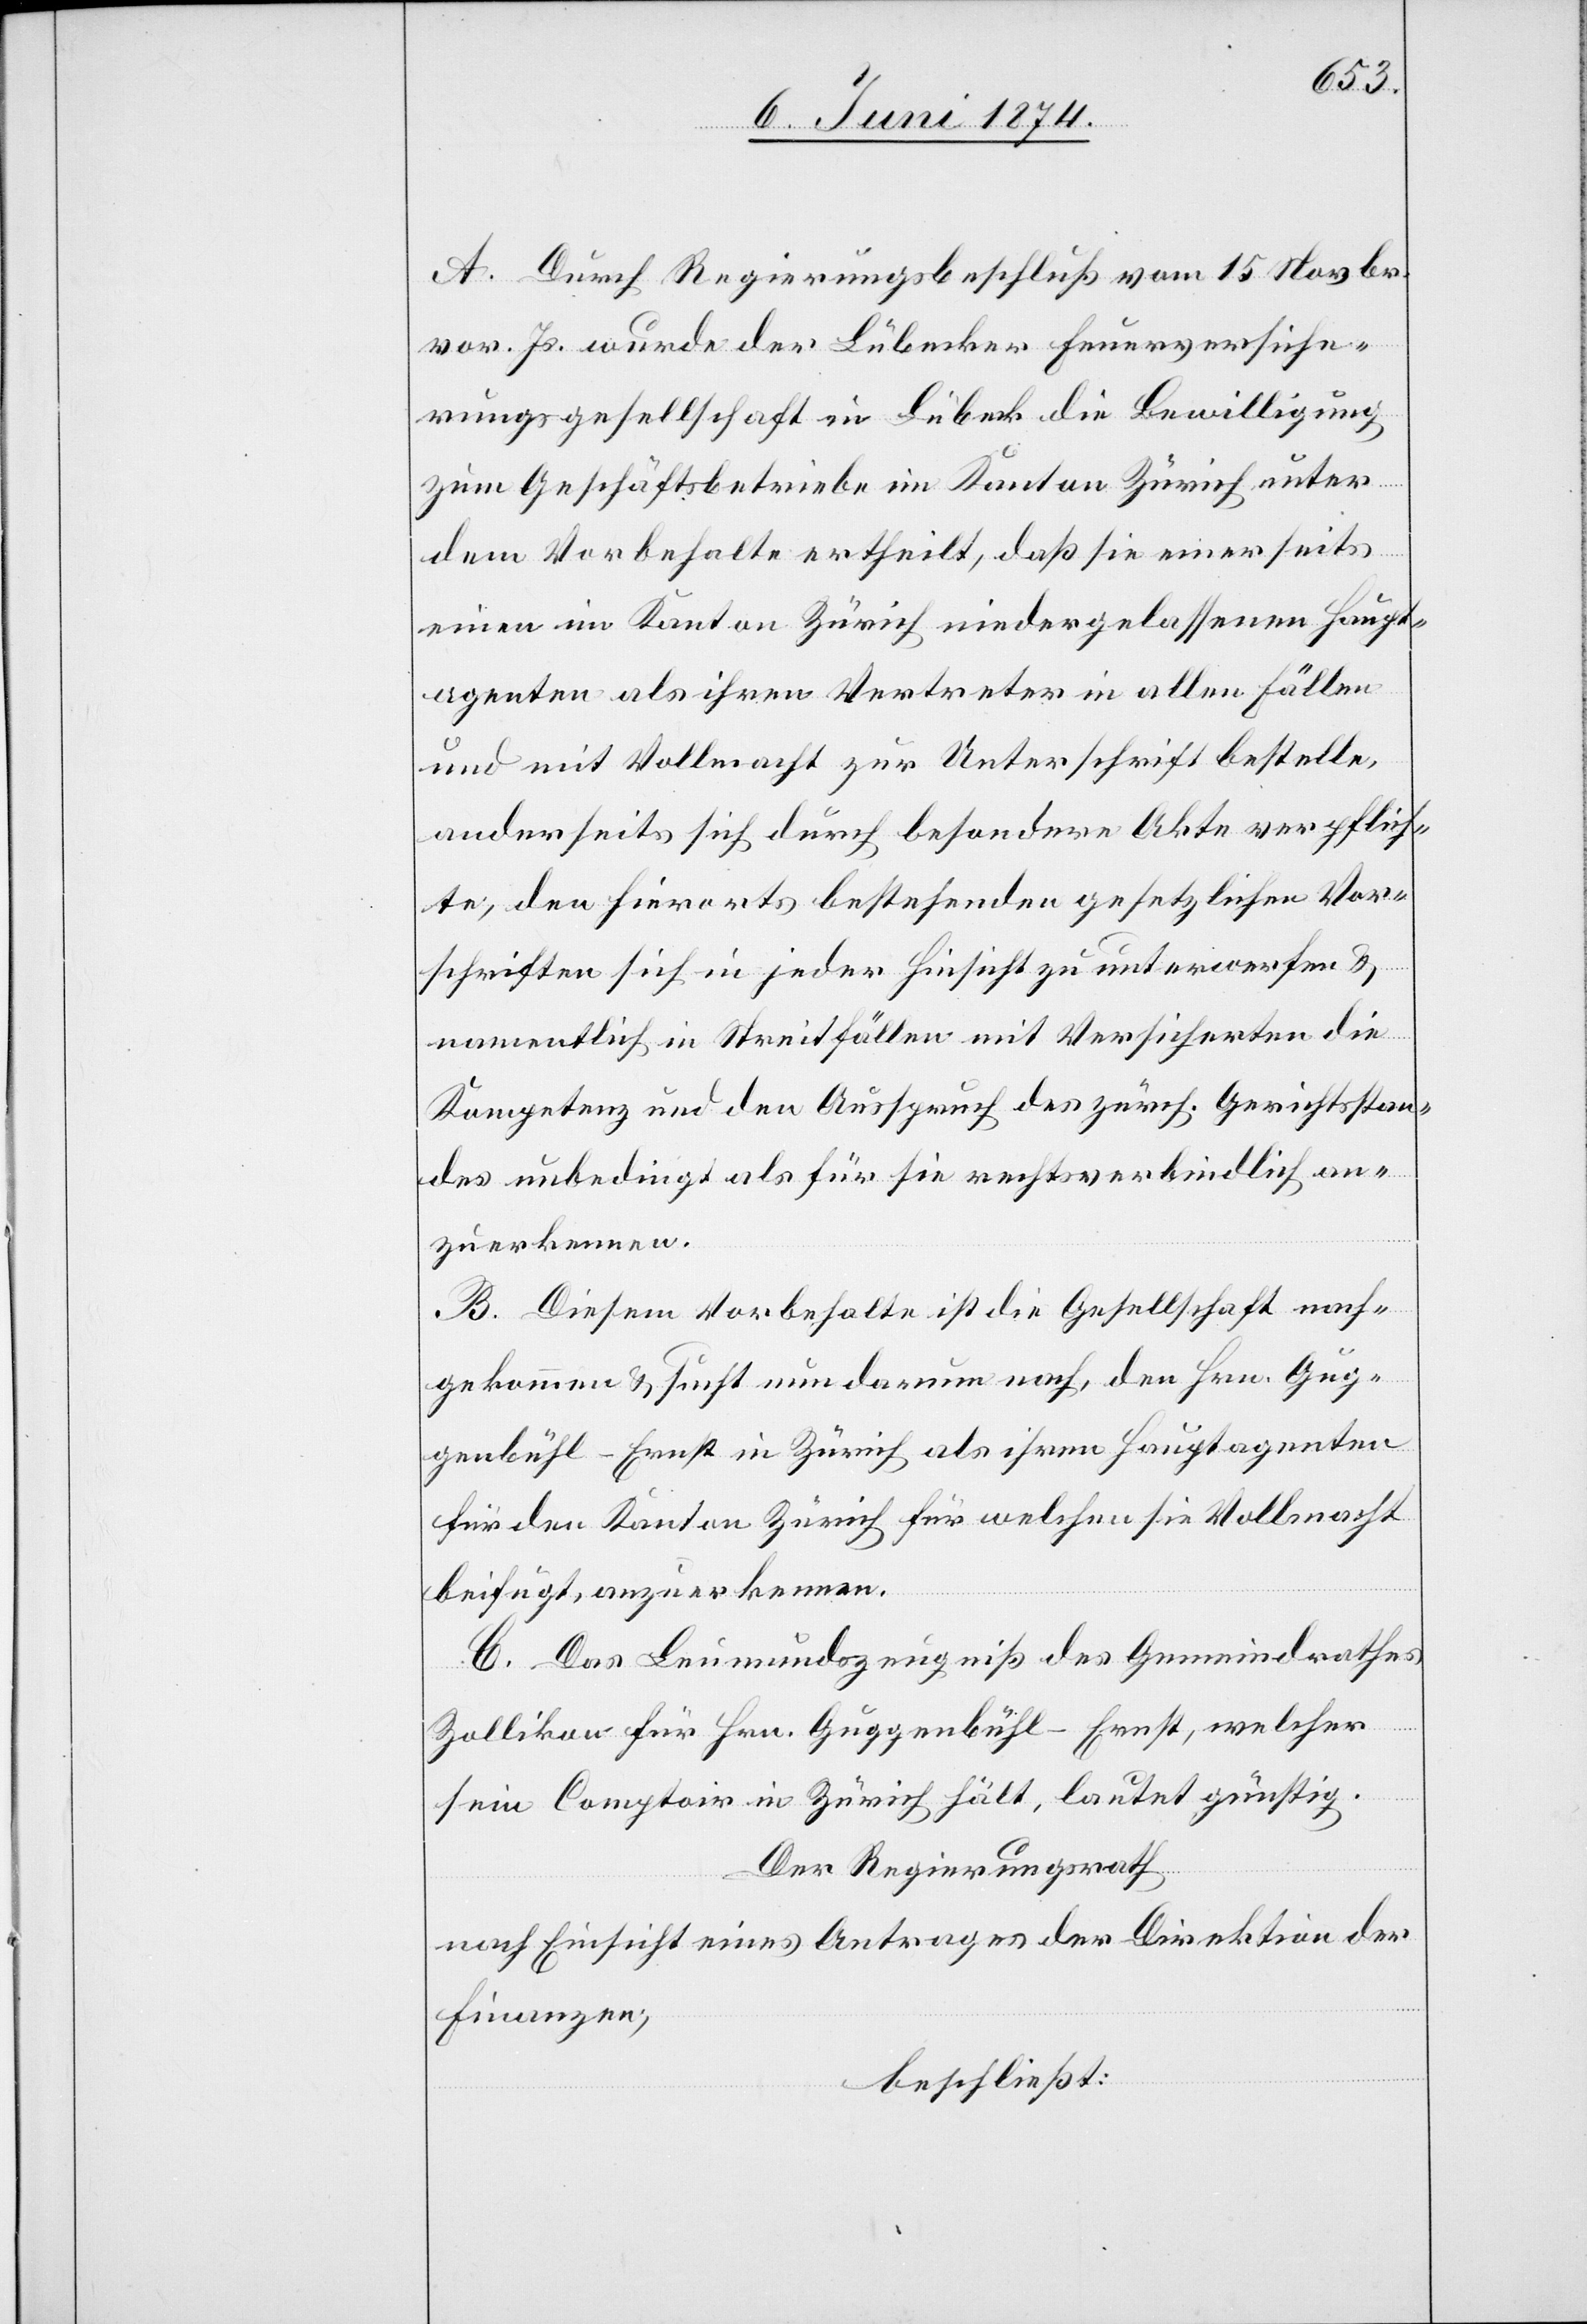
A. Durch Regierungsbeschluß vom 15. Novbr.
vor. Js. wurde der Lübecker Feuerversiche¬
rungsgesellschaft in Lübeck die Bewilligung
zum Geschäftsbetriebe im Kanton Zürich unter
dem Vorbehalte ertheilt, daß sie einerseits
einen im Kanton Zürich niedergelassenen Haupt¬
agenten als ihren Vertreter in allen Fällen
und mit Vollmacht zur Unterschrift bestelle,
anderseits sich durch besondere Akte verpflich¬
te, den hierorts bestehenden gesetzlichen Vor¬
schriften sich in jeder Hinsicht zu unterwerfen u.
namentlich in Streitfällen mit Versicherten die
Kompetenz und den Ausspruch des zürch. Gerichtsstan¬
des unbedingt als für sie rechtsverbindlich an¬
zuerkennen.
B. Diesem Vorbehalte ist die Gesellschaft nach¬
gekommen u. sucht nun darum nach, den Hrn. Gug¬
genbühl-Ernst in Zürich für welchen sie Vollmacht
beifügt, anzuerkennen.
C. Das Leumundszeugniß des Gemeindrathes
Zollikon für Hrn. Guggenbühl-Ernst, welcher
sein Comptoir in Zürich hält, lautet günstig.
Der Regierungsrath
nach Einsicht eines Antrages der Direktion der
Finanzen,
beschließt: